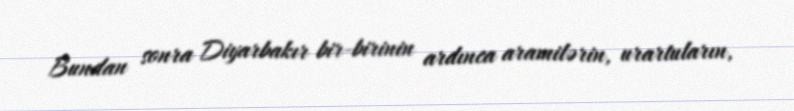
Bundan sonra Diyarbakır bir-birinin ardınca aramilərin, urartuların,